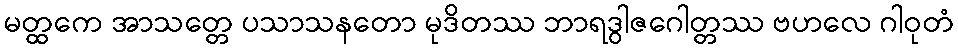
မတ္ထကေ အာသတ္တေ ပသာသနတော မုဒိတဿ ဘာရဒွါဇဂေါတ္တဿ ဗဟလေ ဂါဝုတံ